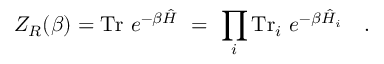
Z _ { R } ( \beta ) = \mathrm { T r } ~ e ^ { - \beta \hat { H } } ~ = ~ \prod _ { i } \mathrm { T r } _ { i } ~ e ^ { - \beta \hat { H } _ { i } } ~ ~ ~ .